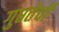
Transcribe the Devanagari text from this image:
गुप्ततेची